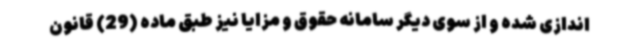
اندازی شده و از سوی دیگر سامانه حقوق و مزایا نیز طبق ماده (29) قانون